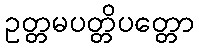
ဥတ္တမပတ္တိပတ္တော